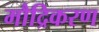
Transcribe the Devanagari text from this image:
मौद्रिकरण